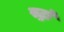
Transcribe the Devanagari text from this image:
स्ट्राॅ